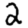
Digit: 2